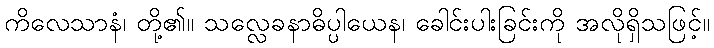
ကိလေသာနံ၊ တို့၏။ သလ္လေခနာဓိပ္ပါယေန၊ ခေါင်းပါးခြင်းကို အလိုရှိသဖြင့်။